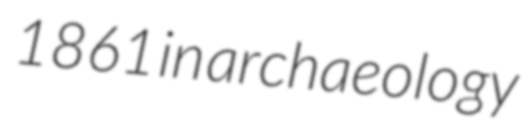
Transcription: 1861 in archaeology